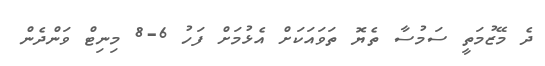
ދެ މޭޒުމަތީ ސަމުސާ ތެޔޮ ތަވައަކަށް އެޅުމަށް ފަހު 6-8 މިނިޓް ވަންދެން